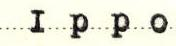
Ippo